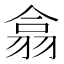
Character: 翕